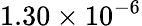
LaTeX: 1.30\times 10^{-6}